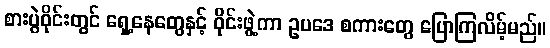
စားပွဲဝိုင်းတွင် ရှေ့နေတွေနှင့် ဝိုင်းဖွဲ့ကာ ဥပဒေ စကားတွေ ပြောကြလိမ့်မည်။